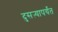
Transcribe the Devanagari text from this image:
दुसऱ्यापर्यंत